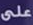
على